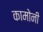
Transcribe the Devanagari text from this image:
कामोनी